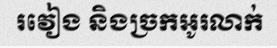
រវៀង និងច្រកអូរលាក់